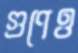
গুণেও